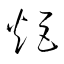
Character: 炬